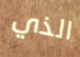
الذي